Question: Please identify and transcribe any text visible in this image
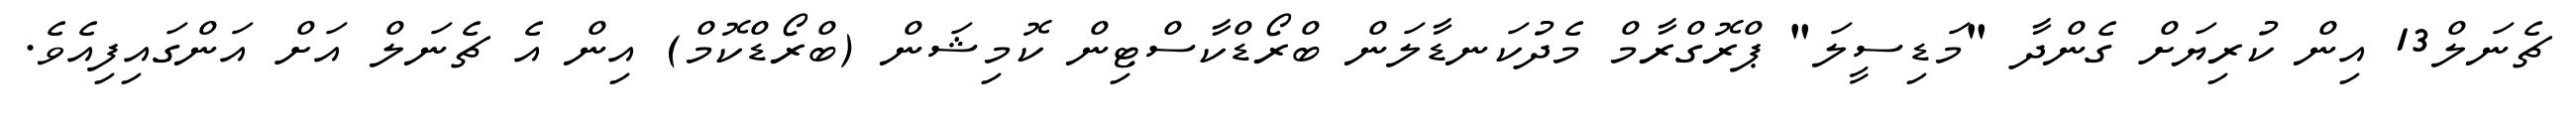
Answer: ޗެނަލް13 އިން ކުރިޔަށް ގެންދާ "މަޑިސީލަ" ޕްރޮގްރާމް މެދުކަނޑާލަން ބްރޯޑްކާސްޓިން ކޮމިޝަން (ބްރޯޑްކޮމް) އިން އެ ޗެނަލް އަށް އަންގައިފިއެވެ.